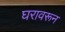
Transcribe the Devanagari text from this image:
घरावरून